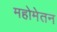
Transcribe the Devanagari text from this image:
महोमेतन